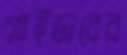
গ্লাইডারের